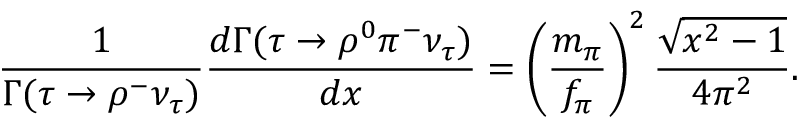
{ \frac { 1 } { \Gamma ( \tau \rightarrow \rho ^ { - } \nu _ { \tau } ) } } { \frac { d \Gamma ( \tau \rightarrow \rho ^ { 0 } \pi ^ { - } \nu _ { \tau } ) } { d x } } = \left( { \frac { m _ { \pi } } { f _ { \pi } } } \right) ^ { 2 } { \frac { \sqrt { x ^ { 2 } - 1 } } { 4 \pi ^ { 2 } } } .